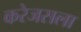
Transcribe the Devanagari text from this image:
करेजसला